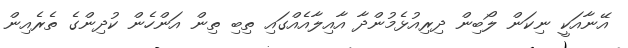
އޭނާއަކީ ނިކަން ލޯބިން ދިރިއުޅެމުންދާ އާއިލާއެއްގައި ތިބި ތިން އަންހެން ކުދިންގެ ތެރެއިން